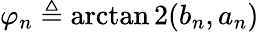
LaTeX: \varphi_{n}\triangleq\operatorname{arctan2}(b_{n},a_{n})